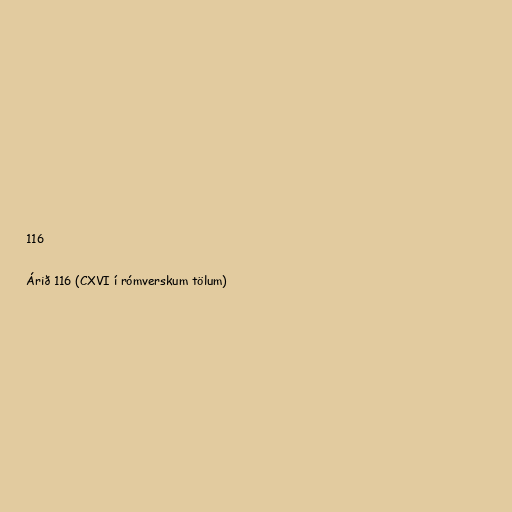
116

Árið 116 (CXVI í rómverskum tölum)